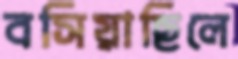
বসিয়াছিলে